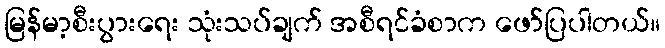
မြန်မာ့စီးပွားရေး သုံးသပ်ချက် အစီရင်ခံစာက ဖော်ပြပါတယ်။